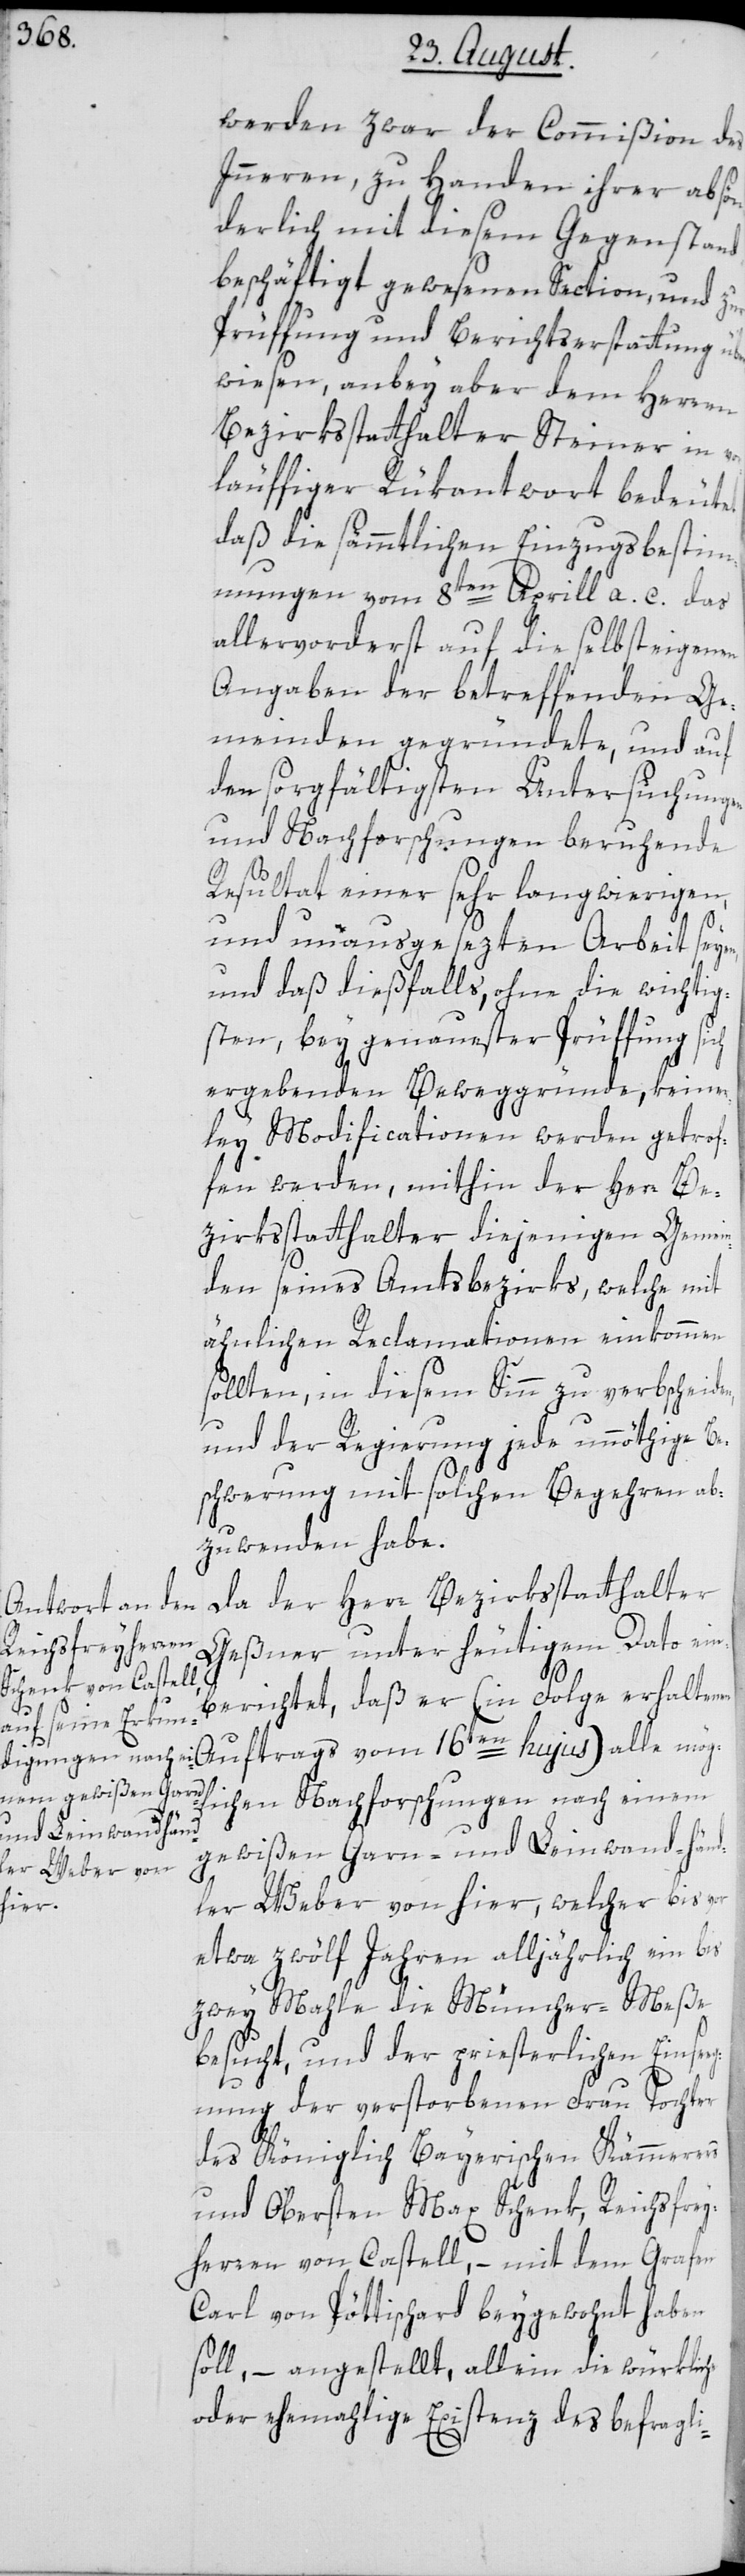
werden zwar der Commißion des
Innern, zu Handen ihrer absön¬
derlich mit diesem Gegenstand
beschäftigt gewesenen Section, und zur
Prüffung und Berichtserstattung übe¬
rwiesen, anbey aber dem Herren
Bezirksstatthalter Steiner in vo¬
rläuffiger Rükantwort bedeutet,
daß die sämmtlichen Einzugsbestim¬
mungen vom 8ten Aprill a. c. das
allervorderst auf die selbst eigenen
Angaben der betreffenden Ge¬
meinden gegründete, und auf
den sorgfältigsten Untersuchungen
und Nachforschungen beruhende
Resultat einer sehr langwierigen,
und unausgesezten Arbeit seye¬
und daß dießfalls, ohne die wichtig¬
sten, bey genauester Prüffung sich
ergebenden Beweggründe, keiner¬
ley Modificationen werden getrof¬
fen werden, mithin der Herr Be¬
zirksstatthalter diejenigen Gemein¬
den seines Amtsbezirks, welche mit
ähnlichen Reclamationen einkommen
sollten, in diesem Sinn zu verbscheiden,
und der Regierung jede unnöthige Be¬
schwerung mit solchen Begehren ab¬
zuwenden habe.
Da der Herr Bezirksstatthalter
Geßner unter heutigem Dato ein¬
berichtet, daß er (in Folge erhaltenem
mögl¬
he
ichen Nachforschungen nach einem
gewißen Garn- und Leinwand-händ¬
ler Weber von hier, welcher bis vor
etwa zwölf Jahren alljährlich ein bis
zwey Mahle die Müncher-Meße
besucht, und der priesterlichen Einseg¬
nung der verstorbenen Frau Tochter
des Königlich Bayerischen Kämmerers
und Obersten Max Schenk, Reichsfrey¬
herren von Castell, – mit dem Grafen
Carl von Pöttischard beygewohnt haben
soll, – angestellt, allein die würklic¬
oder ehemahlige Existenz des befragli-